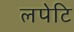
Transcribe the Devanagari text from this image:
लपेटि